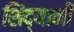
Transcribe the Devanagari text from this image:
शिंद्यानी